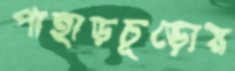
পাহাড়চূড়োয়